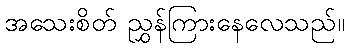
အသေးစိတ် ညွှန်ကြားနေလေသည်။